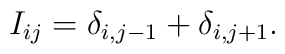
I_{ij}=\delta_{i, j-1}+ \delta_{i, j+1}.